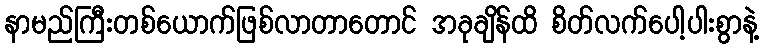
နာမည်ကြီးတစ်ယောက်ဖြစ်လာတာတောင် အခုချိန်ထိ စိတ်လက်ပေါ့ပါးစွာနဲ့